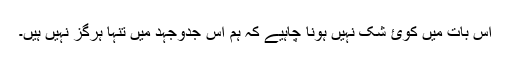
اس بات ميں کوئ شک نہيں ہونا چاہيے کہ ہم اس جدوجہد ميں تنہا ہرگز نہيں ہيں۔